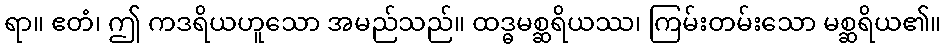
ရာ။ ဧတံ၊ ဤ ကဒရိယဟူသော အမည်သည်။ ထဒ္ဓမစ္ဆရိယဿ၊ ကြမ်းတမ်းသော မစ္ဆရိယ၏။